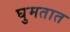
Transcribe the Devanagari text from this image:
घुमतात